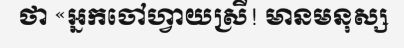
ថា «អ្នកចៅហ្វាយស្រី! មានមនុស្ស